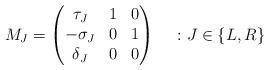
LaTeX: \begin{align*}M_J =\begin{pmatrix}\tau_J & 1 & 0 \\- \sigma_J & 0 & 1 \\\delta_J & 0 & 0\end{pmatrix} ~~~ : J \in \left\lbrace L,R \right\rbrace\end{align*}